Indian Medical Review
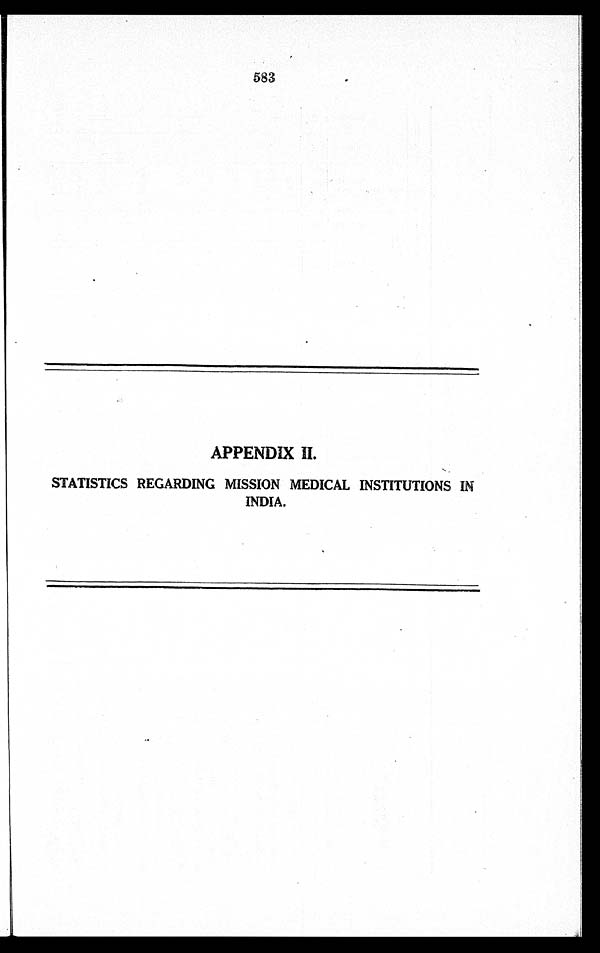
583
APPENDIX II.
STATISTICS REGARDING MISSION MEDICAL INSTITUTIONS IN
INDIA.